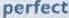
perfect